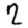
Digit: 2